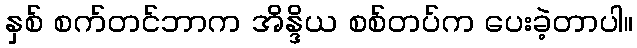
နှစ် စက်တင်ဘာက အိန္ဒိယ စစ်တပ်က ပေးခဲ့တာပါ။